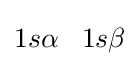
1s\alpha \;\;\;1s\beta